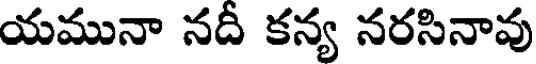
యమునా నదీ కన్య నరసినావు